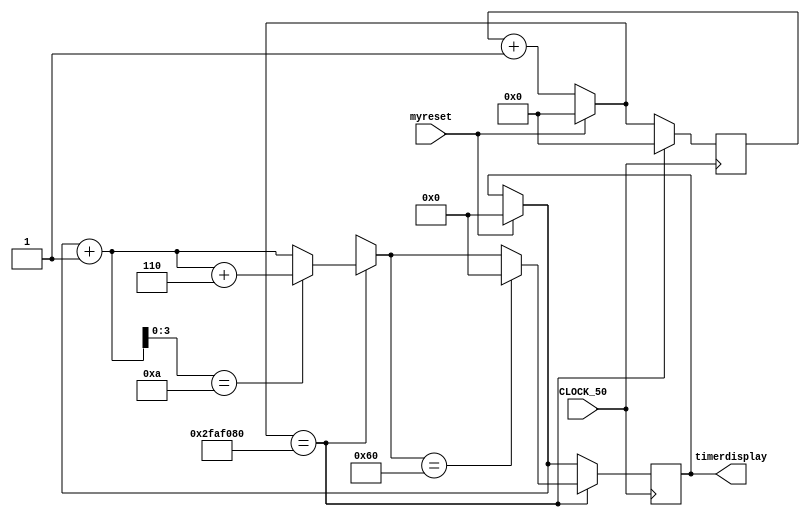
module mydisplaytimer(myreset,CLOCK_50,timerdisplay);
input myreset;
input CLOCK_50;
output reg[7:0] timerdisplay;
reg [27:0] clockcounter;
always @ (posedge CLOCK_50)
begin
if(myreset)
begin
timerdisplay = 8'h00;
clockcounter = 28'h0000000;
end
else clockcounter = clockcounter + 1;
if(clockcounter == 28'd50000000)
begin
clockcounter = 28'h0000000;
timerdisplay = timerdisplay +1;
if(timerdisplay[3:0]== 4'ha)timerdisplay = timerdisplay + 6;
if(timerdisplay==8'h60)timerdisplay = 8'h00;
end
end

endmodule